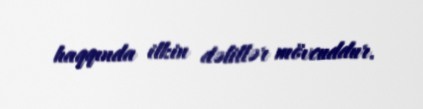
haqqında ilkin dəlillər mövcuddur.